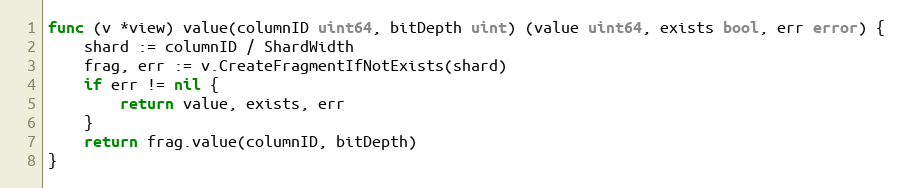
Language: Go
func (v *view) value(columnID uint64, bitDepth uint) (value uint64, exists bool, err error) {
	shard := columnID / ShardWidth
	frag, err := v.CreateFragmentIfNotExists(shard)
	if err != nil {
		return value, exists, err
	}
	return frag.value(columnID, bitDepth)
}